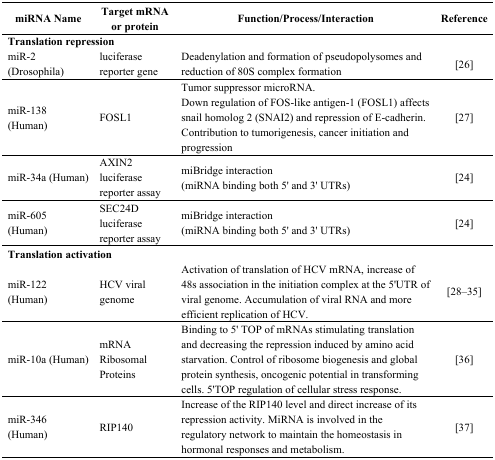
<table><thead><tr><td><b>miRNA Name</b></td><td><b>Target mRNA or protein</b></td><td><b>Function/Process/Interaction</b></td><td><b>Reference</b></td></tr></thead><tbody><tr><td colspan="4"><b>Translation repression</b></td></tr><tr><td>miR-2 (Drosophila)</td><td>luciferase reporter gene</td><td>Deadenylation and formation of pseudopolysomes and reduction of 80S complex formation</td><td>[26]</td></tr><tr><td>miR-138 (Human)</td><td>FOSL1</td><td>Tumor suppressor microRNA.Down regulation of FOS-like antigen-1 (FOSL1) affects snail homolog 2 (SNAI2) and repression of E-cadherin.Contribution to tumorigenesis, cancer initiation and progression</td><td>[27]</td></tr><tr><td>miR-34a (Human)</td><td>AXIN2 luciferase reporter assay</td><td>miBridge interaction (miRNA binding both 5′ and 3′ UTRs)</td><td>[24]</td></tr><tr><td>miR-605 (Human)</td><td>SEC24D luciferase reporter assay</td><td>miBridge interaction (miRNA binding both 5′ and 3′ UTRs)</td><td>[24]</td></tr><tr><td colspan="4"><b>Translation activation</b></td></tr><tr><td>miR-122 (Human)</td><td>HCV viral genome</td><td>Activation of translation of HCV mRNA, increase of 48s association in the initiation complex at the 5′UTR of viral genome. Accumulation of viral RNA and more efficient replication of HCV.</td><td>[28–35]</td></tr><tr><td>miR-10a (Human)</td><td>mRNA Ribosomal Proteins</td><td>Binding to 5′ TOP of mRNAs stimulating translation and decreasing the repression induced by amino acid starvation. Control of ribosome biogenesis and global protein synthesis, oncogenic potential in transforming cells. 5′TOP regulation of cellular stress response.</td><td>[36]</td></tr><tr><td>miR-346 (Human)</td><td>RIP140</td><td>Increase of the RIP140 level and direct increase of its repression activity. MiRNA is involved in the regulatory network to maintain the homeostasis in hormonal responses and metabolism.</td><td>[37]</td></tr></tbody></table>